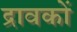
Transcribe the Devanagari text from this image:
द्रावकों